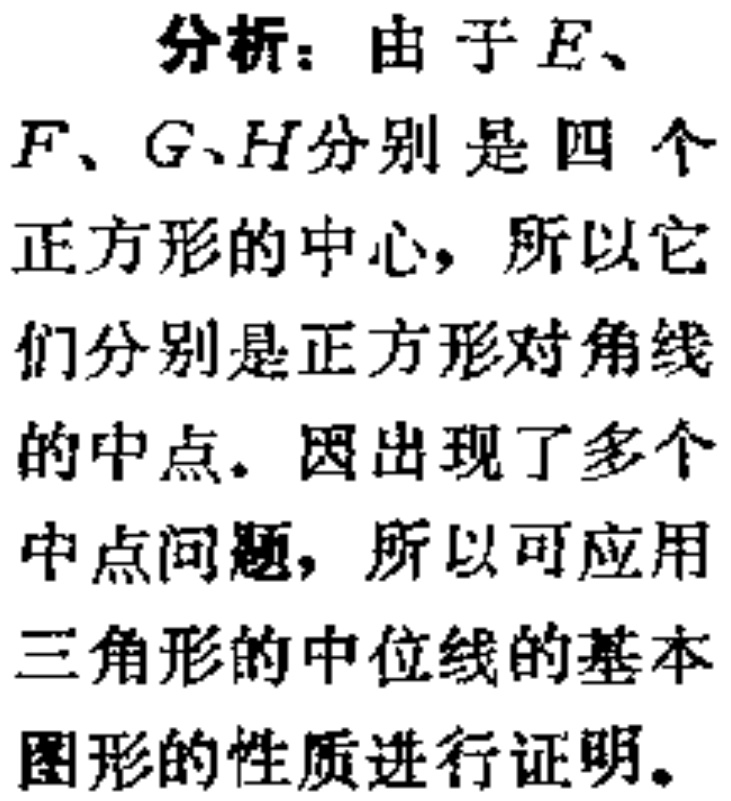
分析：由于\(E\)、\(F\)、\(G\)、\(H\)分别是四个正方形的中心，所以它们分别是正方形对角线的中点。因出现了多个中点问题，所以可应用三角形的中位线的基本图形的性质进行证明。